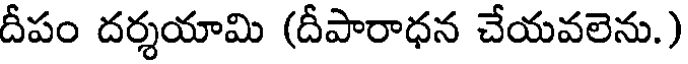
దీపం దర్శయామి (దీపారాధన చేయవలెను.)